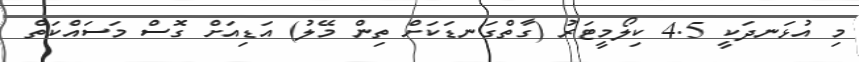
މި އުޅަނދަކީ 4.5 ކިލޯމީޓަރު (ގާތްގަނޑަކަށް ތިން މޭލު) އަޑިއަށް ގޮސް މަސައްކަތް